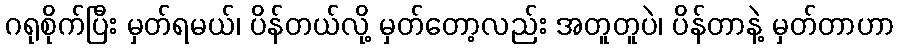
ဂရုစိုက်ပြီး မှတ်ရမယ်၊ ပိန်တယ်လို့ မှတ်တော့လည်း အတူတူပဲ၊ ပိန်တာနဲ့ မှတ်တာဟာ